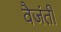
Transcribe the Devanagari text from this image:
वैजंती